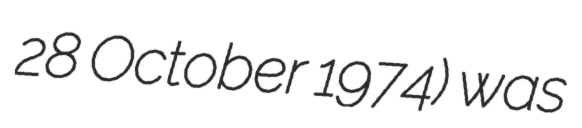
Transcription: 28 October 1974) was